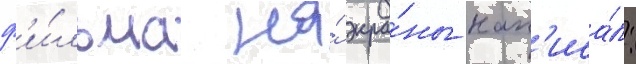
ф'и́льма на́ экра́ны нап'иса́л: